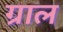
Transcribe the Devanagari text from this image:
ग्राल